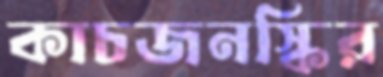
কাচজনস্কির